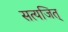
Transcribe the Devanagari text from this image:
सत्यजित्